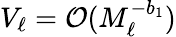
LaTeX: V_{\ell}=\mathcal{O}(M_{\ell}^{-b_{1}})